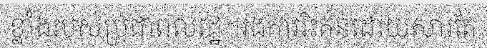
ខ្លាំងរបស់ប្រជាពលរដ្ឋ។រងការរិះគន់ដោយសារតែ